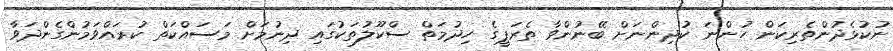
ނުކުޅެދުންތެރިކަން ހުންނަ ކުދިންނަށް ބޭނުންވާ ތެރަޕީގެ ހިދުމަތް ސްކޫލުތަކުގައި ދިނުމަށް މަސައްކަތް ކުރައްވަމުންގެންދަވާ